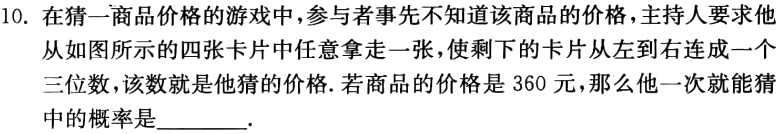
10. 在猜一商品价格的游戏中，参与者事先不知道该商品的价格，主持人要求他从如图所示的四张卡片中任意拿走一张，使剩下的卡片从左到右连成一个三位数，该数就是他猜的价格. 若商品的价格是360元，那么他一次就能猜中的概率是________.